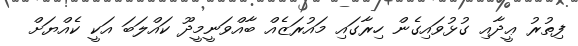
ފިތުރު ޢީދާއި ގުޅުވައިގެން ހިރާގައި މައުރަޒެއް ބާއްވަނީމީދޫ ކައްލަބަ އަކީ ކެއްޔަށް